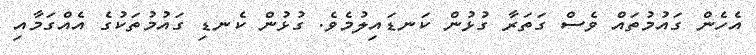
އެހެން ގައުމުތައް ވެސް ގަތަރާ ގުޅުން ކަނޑައިލުމެވެ. ގުޅުން ކެނޑި ގައުމުތަކުގެ އެއްގަމާއި